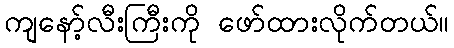
ကျနော့်လီးကြီးကို ဖော်ထားလိုက်တယ်။